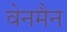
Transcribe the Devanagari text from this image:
वेनमैन